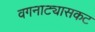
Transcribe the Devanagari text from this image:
वगनाट्यासकट